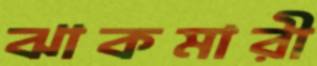
ঝাকমারী